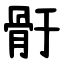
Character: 骬